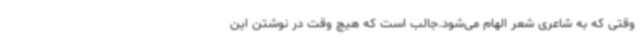
وقتی که به شاعری شعر الهام می‌شود.جالب است که هیچ وقت در نوشتن این